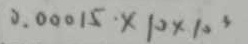
0 . 0 0 0 1 5 \times 1 0 \times 1 0 ^ { 3 }